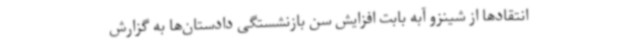
انتقادها از شینزو آبه بابت افزایش سن بازنشستگی دادستان‌ها به گزارش